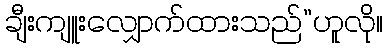
ချီးကျူးလျှောက်ထားသည်”ဟူလို။